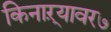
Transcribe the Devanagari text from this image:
किनाऱ्यावर७